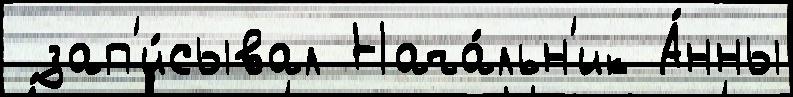
 зап'и́сывал Нача́льн'ик А́нны